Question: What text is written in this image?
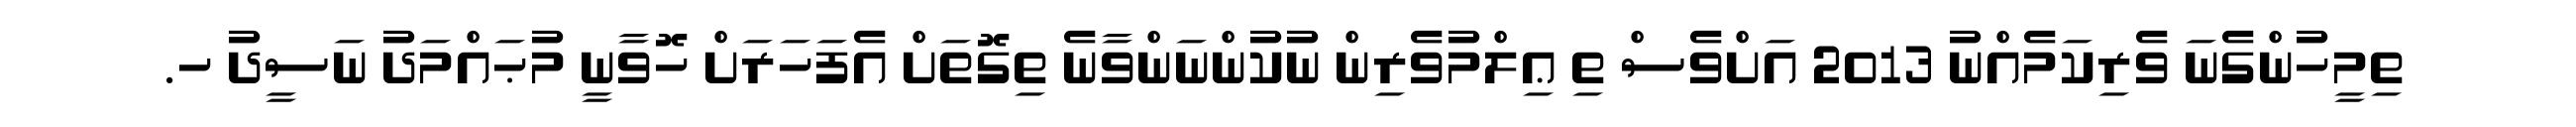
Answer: ތިމީހުންގެނަ ވެރިކަމެއްނު 2013 އަށްވެސް ތި ޢިލްމުވެރިން ނުކުންނަންވާނެ ތިގޮތަށް އެފަހަރަށް ހޮވާނީ މުޙައްމަދު ނަސީދު ހ.